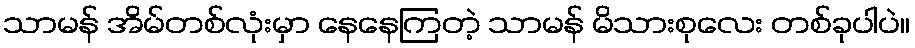
သာမန် အိမ်တစ်လုံးမှာ နေနေကြတဲ့ သာမန် မိသားစုလေး တစ်ခုပါပဲ။